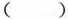
()